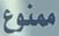
ممنوع